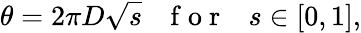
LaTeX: \theta=2\pi D\sqrt{s}\ \ \ \mathrm{~f~o~r~}\ \ \ s\in[0,1],